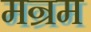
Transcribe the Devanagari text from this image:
मन्रम